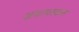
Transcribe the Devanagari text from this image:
अथापस्कन